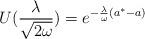
LaTeX: \begin{align*}U(\frac{\lambda }{\sqrt{2\omega }})=e^{-\frac{\lambda }{\omega }(a^{*}-a)}\end{align*}